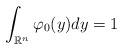
LaTeX: \begin{align*}\int_{\mathbb{R}^n}\varphi_0(y) dy = 1\end{align*}